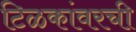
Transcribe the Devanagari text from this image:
टिळकांवरची